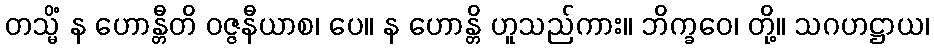
တသ္မိံ န ဟောန္တီတိ ဝဇ္ဇနီယာစ၊ ပေ။ န ဟောန္တိ ဟူသည်ကား။ ဘိက္ခဝေ၊ တို့။ သဂဟဋ္ဌာယ၊